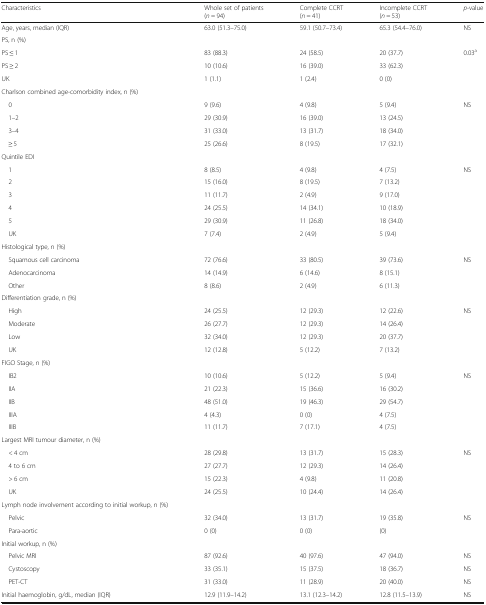
<table><thead><tr><td><b>Characteristics</b></td><td><b>Whole set of patients (<i>n</i> = 94)</b></td><td><b>Complete CCRT (<i>n</i> = 41)</b></td><td><b>Incomplete CCRT (<i>n</i> = 53)</b></td><td><b><i>p</i>-value</b></td></tr></thead><tbody><tr><td>Age, years, median (IQR)</td><td>63.0 (51.3–75.0)</td><td>59.1 (50.7–73.4)</td><td>65.3 (54.4–76.0)</td><td>NS</td></tr><tr><td>PS, n (%)</td><td></td><td></td><td></td><td></td></tr><tr><td>PS ≤ 1</td><td>83 (88.3)</td><td>24 (58.5)</td><td>20 (37.7)</td><td>0.03<sup>a</sup></td></tr><tr><td>PS ≥ 2</td><td>10 (10.6)</td><td>16 (39.0)</td><td>33 (62.3)</td><td></td></tr><tr><td>UK</td><td>1 (1.1)</td><td>1 (2.4)</td><td>0 (0)</td><td></td></tr><tr><td>Charlson combined age-comorbidity index, n (%)</td><td></td><td></td><td></td><td></td></tr><tr><td> 0</td><td>9 (9.6)</td><td>4 (9.8)</td><td>5 (9.4)</td><td>NS</td></tr><tr><td> 1–2</td><td>29 (30.9)</td><td>16 (39.0)</td><td>13 (24.5)</td><td></td></tr><tr><td> 3–4</td><td>31 (33.0)</td><td>13 (31.7)</td><td>18 (34.0)</td><td></td></tr><tr><td> ≥ 5</td><td>25 (26.6)</td><td>8 (19.5)</td><td>17 (32.1)</td><td></td></tr><tr><td>Quintile EDI</td><td></td><td></td><td></td><td></td></tr><tr><td> 1</td><td>8 (8.5)</td><td>4 (9.8)</td><td>4 (7.5)</td><td>NS</td></tr><tr><td> 2</td><td>15 (16.0)</td><td>8 (19.5)</td><td>7 (13.2)</td><td></td></tr><tr><td> 3</td><td>11 (11.7)</td><td>2 (4.9)</td><td>9 (17.0)</td><td></td></tr><tr><td> 4</td><td>24 (25.5)</td><td>14 (34.1)</td><td>10 (18.9)</td><td></td></tr><tr><td> 5</td><td>29 (30.9)</td><td>11 (26.8)</td><td>18 (34.0)</td><td></td></tr><tr><td> UK</td><td>7 (7.4)</td><td>2 (4.9)</td><td>5 (9.4)</td><td></td></tr><tr><td>Histological type, n (%)</td><td></td><td></td><td></td><td></td></tr><tr><td> Squamous cell carcinoma</td><td>72 (76.6)</td><td>33 (80.5)</td><td>39 (73.6)</td><td>NS</td></tr><tr><td> Adenocarcinoma</td><td>14 (14.9)</td><td>6 (14.6)</td><td>8 (15.1)</td><td></td></tr><tr><td> Other</td><td>8 (8.6)</td><td>2 (4.9)</td><td>6 (11.3)</td><td></td></tr><tr><td>Differentiation grade, n (%)</td><td></td><td></td><td></td><td></td></tr><tr><td> High</td><td>24 (25.5)</td><td>12 (29.3)</td><td>12 (22.6)</td><td>NS</td></tr><tr><td> Moderate</td><td>26 (27.7)</td><td>12 (29.3)</td><td>14 (26.4)</td><td></td></tr><tr><td> Low</td><td>32 (34.0)</td><td>12 (29.3)</td><td>20 (37.7)</td><td></td></tr><tr><td> UK</td><td>12 (12.8)</td><td>5 (12.2)</td><td>7 (13.2)</td><td></td></tr><tr><td>FIGO Stage, n (%)</td><td></td><td></td><td></td><td></td></tr><tr><td> IB2</td><td>10 (10.6)</td><td>5 (12.2)</td><td>5 (9.4)</td><td>NS</td></tr><tr><td> IIA</td><td>21 (22.3)</td><td>15 (36.6)</td><td>16 (30.2)</td><td></td></tr><tr><td> IIB</td><td>48 (51.0)</td><td>19 (46.3)</td><td>29 (54.7)</td><td></td></tr><tr><td> IIIA</td><td>4 (4.3)</td><td>0 (0)</td><td>4 (7.5)</td><td></td></tr><tr><td> IIIB</td><td>11 (11.7)</td><td>7 (17.1)</td><td>4 (7.5)</td><td></td></tr><tr><td>Largest MRI tumour diameter, n (%)</td><td></td><td></td><td></td><td></td></tr><tr><td> &lt; 4 cm</td><td>28 (29.8)</td><td>13 (31.7)</td><td>15 (28.3)</td><td>NS</td></tr><tr><td> 4 to 6 cm</td><td>27 (27.7)</td><td>12 (29.3)</td><td>14 (26.4)</td><td></td></tr><tr><td> &gt; 6 cm</td><td>15 (22.3)</td><td>4 (9.8)</td><td>11 (20.8)</td><td></td></tr><tr><td> UK</td><td>24 (25.5)</td><td>10 (24.4)</td><td>14 (26.4)</td><td></td></tr><tr><td>Lymph node involvement according to initial workup, n (%)</td><td></td><td></td><td></td><td></td></tr><tr><td> Pelvic</td><td>32 (34.0)</td><td>13 (31.7)</td><td>19 (35.8)</td><td>NS</td></tr><tr><td> Para-aortic</td><td>0 (0)</td><td>0 (0)</td><td>(0)</td><td></td></tr><tr><td>Initial workup, n (%)</td><td></td><td></td><td></td><td></td></tr><tr><td> Pelvic MRI</td><td>87 (92.6)</td><td>40 (97.6)</td><td>47 (94.0)</td><td>NS</td></tr><tr><td> Cystoscopy</td><td>33 (35.1)</td><td>15 (37.5)</td><td>18 (36.7)</td><td>NS</td></tr><tr><td> PET-CT</td><td>31 (33.0)</td><td>11 (28.9)</td><td>20 (40.0)</td><td>NS</td></tr><tr><td>Initial haemoglobin, g/dL, median (IQR)</td><td>12.9 (11.9–14.2)</td><td>13.1 (12.3–14.2)</td><td>12.8 (11.5–13.9)</td><td>NS</td></tr></tbody></table>